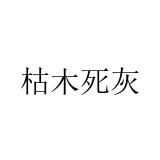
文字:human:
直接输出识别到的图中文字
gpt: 枯木死灰